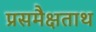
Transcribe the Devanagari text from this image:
प्रसमैक्षताथ